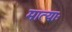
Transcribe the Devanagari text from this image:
मात्याः